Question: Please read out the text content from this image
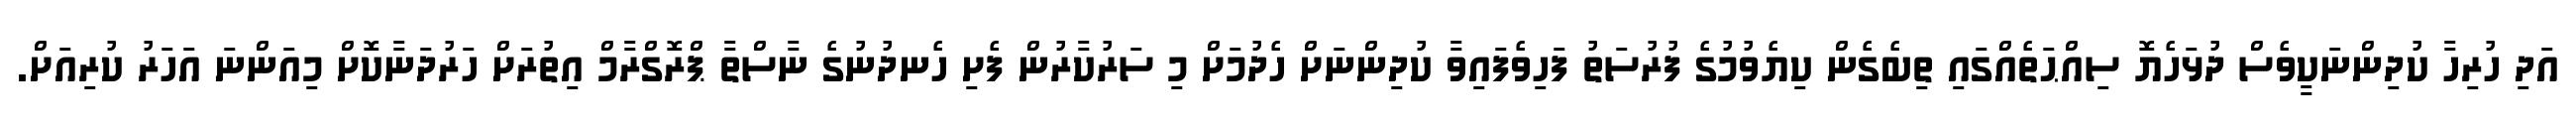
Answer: އަދި ހުރިހާ ކުދިންނަކީވެސް ދުޅަހެޔޮ ސިއްޙަތެއްގައި ތިބެގެން ކިޔެވުމުގެ ފުރުސަތު ފަހިވެފައިވާ ކުދިންނަށް ހެދުމަށް މި ސަރުކާރުން ފެށި ހެނދުނުގެ ނާސްތާ ޕްރޮގްރާމް އިތުރަށް ހަރުދަނާކޮށް މިއަންނަ އަހަރު ކުރިއަށް.